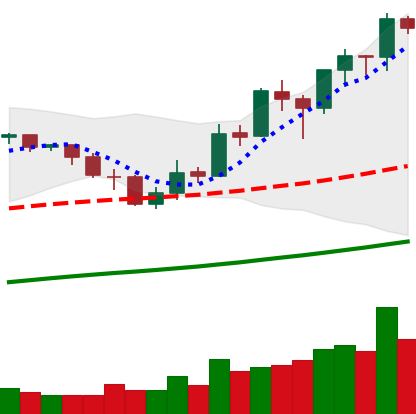
Ticker: BNB-USD
Chart end date: 2019-05-22
Forward return: 7.188%
Label: up_7plus